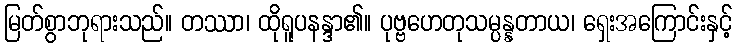
မြတ်စွာဘုရားသည်။ တဿာ၊ ထိုရူပနန္ဒာ၏။ ပုဗ္ဗဟေတုသမ္ပန္နတာယ၊ ရှေးအကြောင်းနှင့်